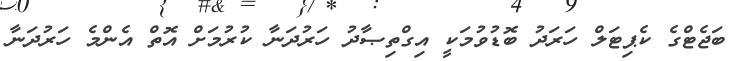
ބަޖެޓްގެ ކެޕިޓަލް ހަރަދު ބޮޑުވުމަކީ އިގްތިޞާދު ހަރުދަނާ ކުރުމަށް އޮތް އެންމެ ހަރުދަނާ